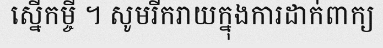
ស្នើកម្ចី ។ សូមរីករាយក្នុងការដាក់ពាក្យ